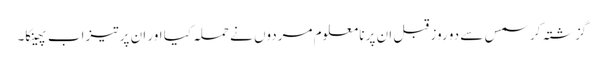
گزشتہ کرسمس سے دو روز قبل ان پر نا معلوم مردوں نے حملہ کیا اور ان پر تیزاب پھینکا۔